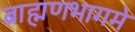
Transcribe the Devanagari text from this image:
ब्राह्मणभागमे